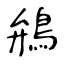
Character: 鴘